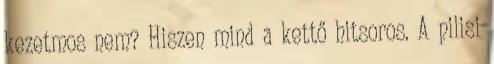
kezetmos nem? Hiszen mind a kettő hitsoros. A pilisi